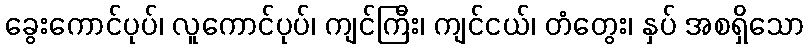
ခွေးကောင်ပုပ်၊ လူကောင်ပုပ်၊ ကျင်ကြီး၊ ကျင်ငယ်၊ တံတွေး၊ နှပ် အစရှိသော